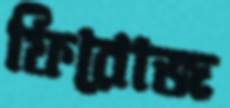
ফিরোজ